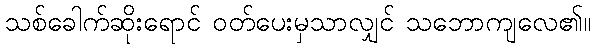
သစ်ခေါက်ဆိုးရောင် ဝတ်ပေးမှသာလျှင် သဘောကျလေ၏။